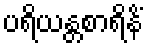
ပရိယန္တစာရိနိံ